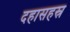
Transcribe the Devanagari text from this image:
दहासहस्र